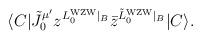
LaTeX: \begin{align*}\langle C | {\tilde J}_0^{\mu'} z^{L_0^{\rm WZW}\vert_B} {\bar z}^{{\tilde L}_0^{\rm WZW}\vert_B} | C \rangle.\end{align*}